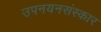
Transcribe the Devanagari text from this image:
उपनयनसंस्कार